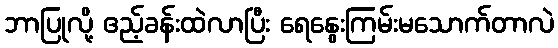
ဘာပြုလို့ ဧည့်ခန်းထဲလာပြီး ရေနွေးကြမ်းမသောက်တာလဲ